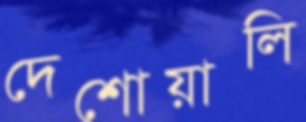
দেশোয়ালি